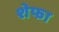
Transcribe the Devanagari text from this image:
शेफा